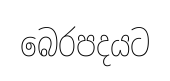
බෙරපදයට